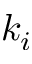
k _ { i }